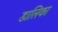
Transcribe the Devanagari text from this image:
डालिका